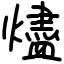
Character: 燼